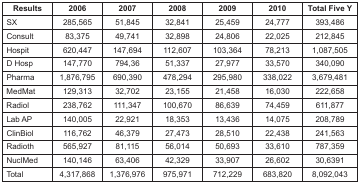
<table><thead><tr><td><b>Results</b></td><td><b>2006</b></td><td><b>2007</b></td><td><b>2008</b></td><td><b>2009</b></td><td><b>2010</b></td><td><b>Total Five Y</b></td></tr></thead><tbody><tr><td>SX</td><td>285,565</td><td>51,845</td><td>32,841</td><td>25,459</td><td>24,777</td><td>393,486</td></tr><tr><td>Consult</td><td>83,375</td><td>49,741</td><td>32,898</td><td>24,806</td><td>22,025</td><td>212,845</td></tr><tr><td>Hospit</td><td>620,447</td><td>147,694</td><td>112,607</td><td>103,364</td><td>78,213</td><td>1,087,505</td></tr><tr><td>D Hosp</td><td>147,770</td><td>794,36</td><td>51,337</td><td>27,977</td><td>33,570</td><td>340,090</td></tr><tr><td>Pharma</td><td>1,876,795</td><td>690,390</td><td>478,294</td><td>295,980</td><td>338,022</td><td>3,679,481</td></tr><tr><td>MedMat</td><td>129,313</td><td>32,702</td><td>23,155</td><td>21,458</td><td>16,030</td><td>222,658</td></tr><tr><td>Radiol</td><td>238,762</td><td>111,347</td><td>100,670</td><td>86,639</td><td>74,459</td><td>611,877</td></tr><tr><td>Lab AP</td><td>140,005</td><td>22,921</td><td>18,353</td><td>13,436</td><td>14,075</td><td>208,789</td></tr><tr><td>ClinBiol</td><td>116,762</td><td>46,379</td><td>27,473</td><td>28,510</td><td>22,438</td><td>241,563</td></tr><tr><td>Radioth</td><td>565,927</td><td>81,115</td><td>56,014</td><td>50,693</td><td>33,610</td><td>787,359</td></tr><tr><td>NuclMed</td><td>140,146</td><td>63,406</td><td>42,329</td><td>33,907</td><td>26,602</td><td>30,6391</td></tr><tr><td>Total</td><td>4,317,868</td><td>1,376,976</td><td>975,971</td><td>712,229</td><td>683,820</td><td>8,092,043</td></tr></tbody></table>